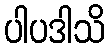
ပါပဒါသိ